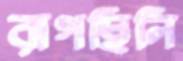
রাগছিলি